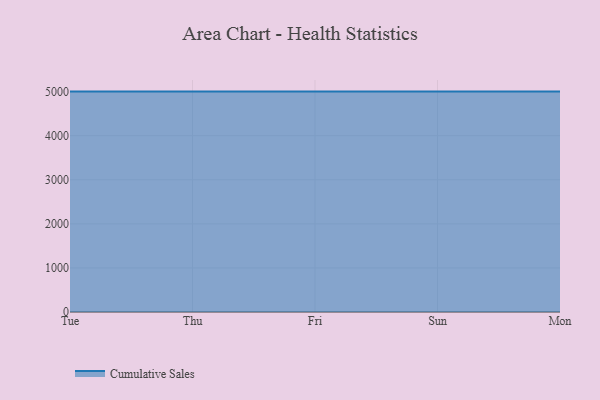
{"axis": {"x": "Day", "y": "Temperature (°C)"}, "legend": ["Cumulative Sales"], "data": [{"x": "Tue", "y": 5000, "type": "Cumulative Sales"}, {"x": "Thu", "y": 5000, "type": "Cumulative Sales"}, {"x": "Fri", "y": 5000, "type": "Cumulative Sales"}, {"x": "Sun", "y": 5000, "type": "Cumulative Sales"}, {"x": "Mon", "y": 5000, "type": "Cumulative Sales"}]}